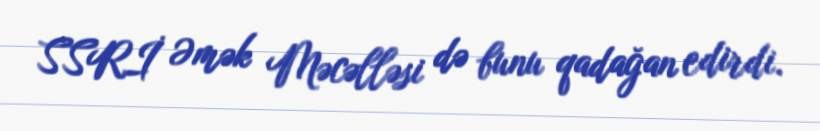
SSRİ Əmək Məcəlləsi də bunu qadağan edirdi.